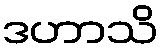
ဒဟာသိ